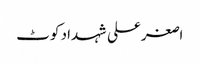
اصغرعلی شہداد کوٹ